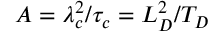
A = \lambda _ { c } ^ { 2 } / \tau _ { c } = L _ { D } ^ { 2 } / T _ { D }